Vaccination in the Punjab 1919-1929 - 1919-1929
Year: 1919
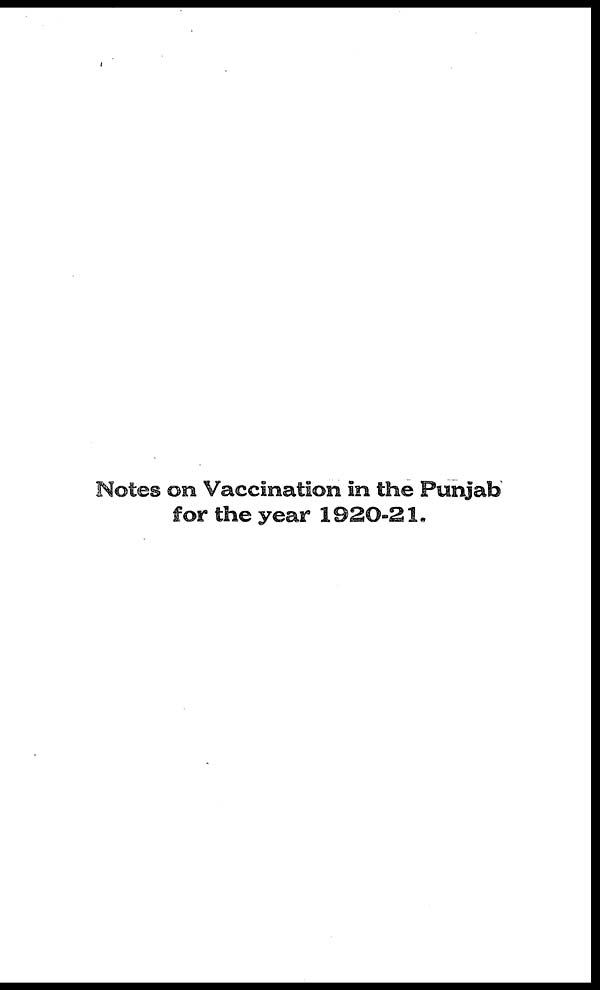
Notes on Vaccination in the Punjab
for the year 1920-21.